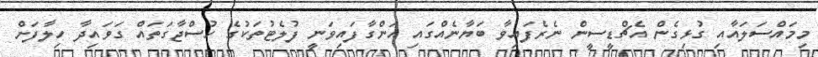
މިމައްސަލައާއި ގުޅިގެން އެޗްޑީސީން ނެރެފައިވާ ބަޔާނެއްގައި އަންގާފައިވަނީ ފުލެޓުތަކުގެ ހުސްޖާގަތައް ގަވައިދާ ހިލާފަށް